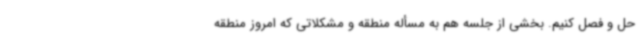
حل و فصل کنیم. بخشی از جلسه هم به مسأله منطقه و مشکلاتی که امروز منطقه